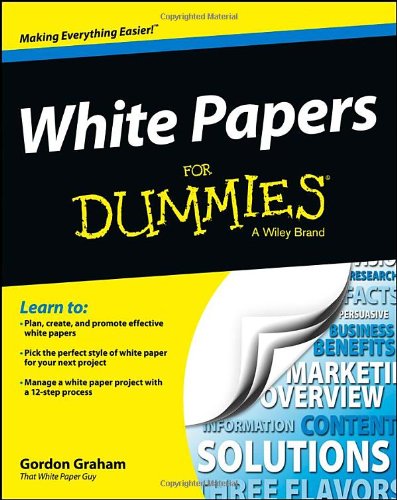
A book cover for White Papers for Dummies; Gordon Graham; Business & Money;